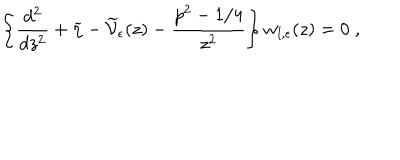
\left\{ \frac { d ^ { 2 } } { d z ^ { 2 } } + \widetilde { \eta } - \widetilde { \mathcal V } _ { \epsilon } ( z ) - \frac { p ^ { 2 } - 1 / 4 } { z ^ { 2 } } \right\} w _ { l , \epsilon } ( z ) = 0 \; ,